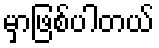
မှာဖြစ်ပါတယ်